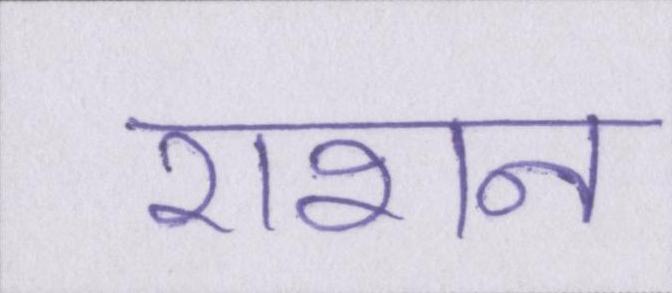
राशन